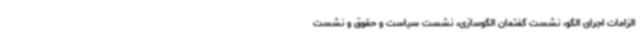
الزامات اجرای الگو، نشست گفتمان الگوسازی، نشست سیاست و حقوق و نشست